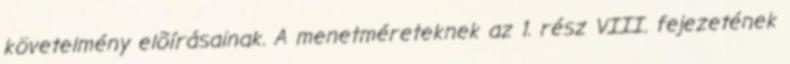
követelmény elõírásainak. A menetméreteknek az 1. rész VIII. fejezetének